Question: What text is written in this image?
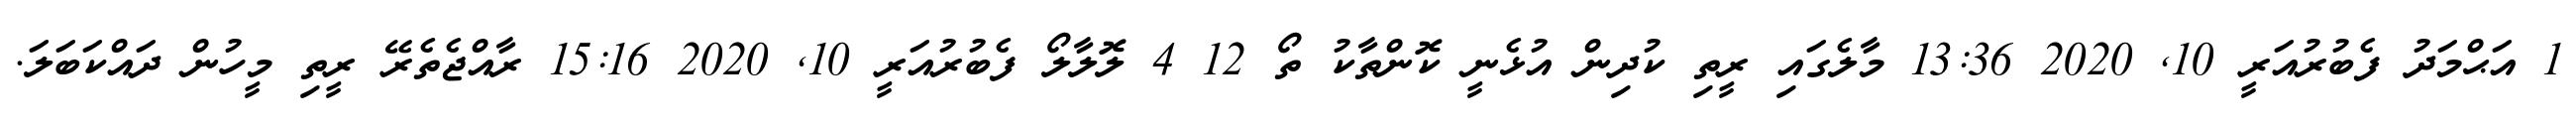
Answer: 1 އަޙްމަދު ފެބުރުއަރީ 10, 2020 13:36 މާލެގައި ރީތި ކުދިން އުޅެނީ ކޮންތާކު ތޯ 12 4 ލޮލާލޯ ފެބުރުއަރީ 10, 2020 15:16 ރާއްޖެތެރޭ ރީތި މީހުން ދައްކަބަލަ.